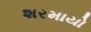
શરમાયો